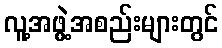
လူ့အဖွဲ့အစည်းများတွင်